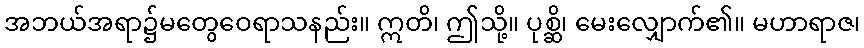
အဘယ်အရာ၌မတွေဝေရာသနည်း။ ဣတိ၊ ဤသို့။ ပုစ္ဆိ၊ မေးလျှောက်၏။ မဟာရာဇ၊